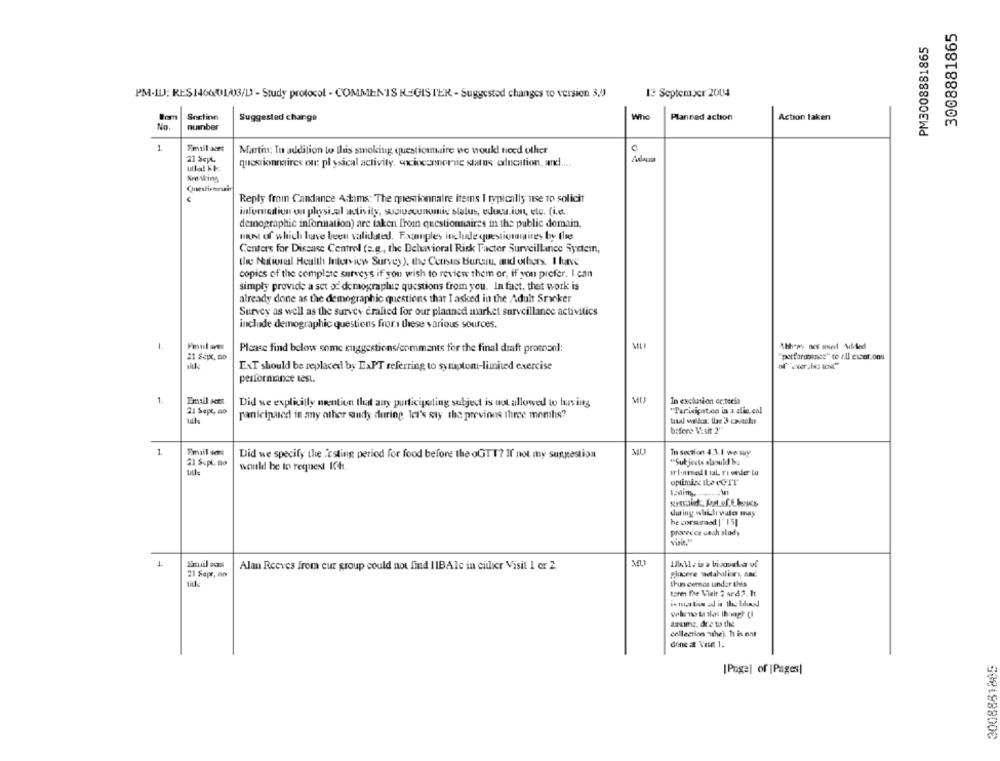
3008881865
PM3008881865
13 September 2004
PM-ILJ; RES146001/03/D - Study protocol - COMMENTS REGISTER - Suggested changes to version 3,0
Snctinn
Who
Suggested change
Planned action
Action taken
No.
number
1
Martin: In addition to this smoking questionaire we would need other
21 Sept,
ullal kt
questionnaires on: pl ysical activity, excioconnornic status education, and ....
Am Ming
Reply fmm Candance Adams: The questionnaire items I typically use To solicit
informedtion on physical activity, socivocunomie status, educa.iun, etc. (i.e.
demographic information) are taken fromn questionnaires in the public domain.
most of which luve been validated. Examples include questionnaires by the
Centers for Disease Control (e.g ., the Behavioral Risk Factor Surveillance System,
the National Health Interview Survey), the Census Bureau, and others. I funve
copics of the complete surveys if you wish to review them or, if you prefer, I can
simply provide a set od demographie questions from you. In fact, thet work is
already done as the demographic questions that I asked in the Adult Sracker
Survey as well as the survey eralied for our planned market surveillance activities
include demographic questions from these various sources.
1
Please find below some suggestions/comments for the final draft protrenl:
ML
"perfardoinss" te all cisof.005
ExT should be replaced by LaPT referring to symptom-limited exercise
performance test.
1.
Email sent
Did we explicitly mention that any porticijoling subject is not allowed to having
MU
In exclusion er.teria
21 Sept, ao
"Paricipat.co in a dia.cal
panicipased in any other study during let's say the previous three months?
bafere Visit 2""
1
Did we specify the "csting period for food before the oGTT? If not my suggestion
In section 4.3.1 we sury
21 SepL. no
"Subjects should be
would be to request Ich.
ir lomed I tal, ri veder Lo
optimize Ibe eGIT
during wlili wales may
he consumed | 15]
proceccs dach study
Visit."
Latuil som
MU
Alan Reeves from eur group could not find IIBAle in either Visit 1 or 2.
21 Sept, on
plucere metabolica, and.
thun cemos under this
tarm The Vielr 2 ard 2. It.
aaaime, drie to the
collection The). 11 is not
done at Vise 1.
3008881885
[Page] of | Pages]